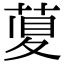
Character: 𦴲